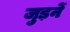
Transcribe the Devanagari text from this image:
जुड़नें